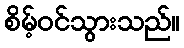
စိမ့်ဝင်သွားသည်။